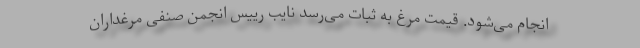
انجام می‌شود. قیمت مرغ به ثبات می‌رسد نایب رییس انجمن صنفی مرغداران